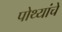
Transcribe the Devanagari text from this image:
पोथ्यांचे